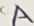
A